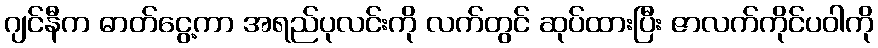
ဂျင်နီက ဓာတ်ငွေ့ကာ အရည်ပုလင်းကို လက်တွင် ဆုပ်ထားပြီး ဇာလက်ကိုင်ပဝါကို